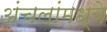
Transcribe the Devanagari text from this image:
अंचलांमध्ये